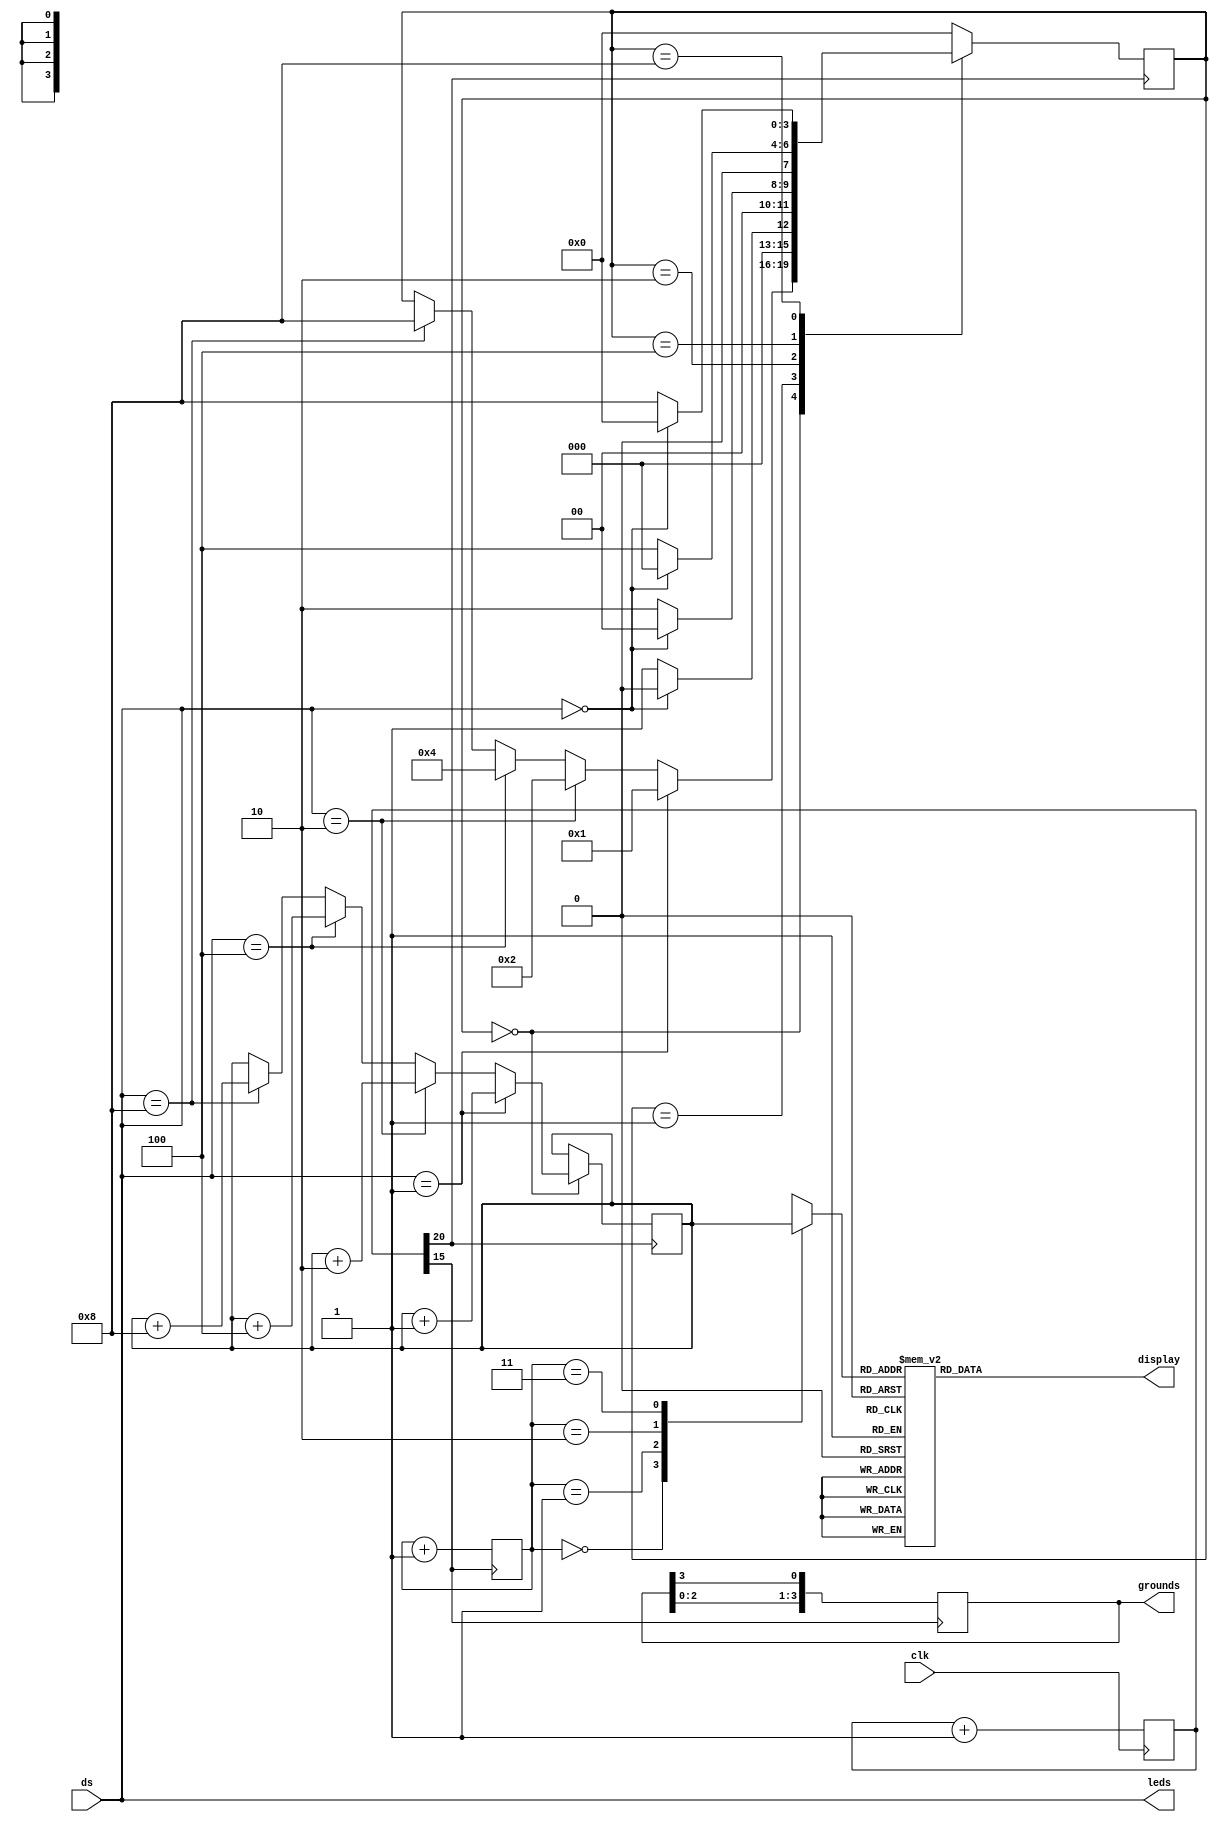
module ssegment_dipswitch_combined (ds, leds, display, grounds, clk);
output reg [3:0] leds;
output reg [6:0] display;
output reg [3:0] grounds;
input [3:0] ds;
input clk;

reg [3:0] data [3:0]; //number to be printed
reg [1:0] count; // which data byte to display

reg [25:0] clk1;
reg [15:0] number;

reg [3:0] state;

wire [3:0] switch;

assign switch = ds;

always @(posedge clk)
	clk1 <= clk1+1;
	
always @(posedge clk1[15])
begin
	grounds <= {grounds[2:0], grounds[3]};
	count <= count+1;
end

always @(*)
begin
		case(data[count])	
			0:display=7'b1111110; //starts with a, ends with g
			1:display=7'b0110000;
			2:display=7'b1101101;
			3:display=7'b1111001;
			4:display=7'b0110011;
			5:display=7'b1011011;
			6:display=7'b1011111;
			7:display=7'b1110000;
			8:display=7'b1111111;
			9:display=7'b1111011;
			'ha:display=7'b1110111;
			'hb:display=7'b0011111;
			'hc:display=7'b1001110;
			'hd:display=7'b0111101;
			'he:display=7'b1001111;
			'hf:display=7'b1000111;
			default display=7'b1111111;
		endcase
end

always @*
		begin
			data[0] = number[15:12];
			data[1] = number[11:8];
			data[2] = number[7:4];
			data[3] = number[3:0];
			leds = ds;
		end

always @(posedge clk1[20])
	begin
		case(state)
			4'b0000:
				begin
					if(switch == 4'b0001)
						begin
							number <= number+1;
							state <= 4'b0001;
						end
					else if (switch == 4'b0010)
						begin
							number <= number+2;
							state <= 4'b0010;
						end
					else if (switch == 4'b0100)
						begin
							number <= number+4;
							state <= 4'b0100;
						end
					else if (switch == 4'b1000)
						begin
							number <= number +8;
							state <= 4'b1000;
						end
					end
					
				4'b0001:
					begin	
						if(switch == 4'b0000)
							state <= 4'b0000;
						else
							state <= 4'b0001;
					end
					
				4'b0010:
					begin	
						if(switch == 4'b0000)
							state <= 4'b0000;
						else
							state <= 4'b0010;
					end
					
				4'b0100:
					begin	
						if(switch == 4'b0000)
							state <= 4'b0000;
						else
							state <= 4'b0100;
					end
					
				4'b1000:
					begin	
						if(switch == 4'b0000)
							state <= 4'b0000;
						else
							state <= 4'b1000;
					end
				
				default: state <= 4'b0000;
			endcase
end

initial begin
number = 0;
state = 4'b0000;
count = 0;
grounds = 4'b1110;
clk1 = 0;
end

endmodule